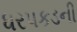
ધરપકડની